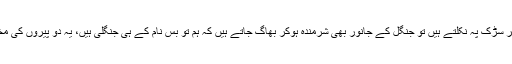
یہی نام نہاد پڑھے لکھے جب گاڑیاں لے کر سڑک پہ نکلتے ہیں تو جنگل کے جانور بھی شرمندہ ہوکر بھاگ جاتے ہیں کہ ہم تو بس نام کے ہی جنگلی ہیں، یہ دو پیروں کی مخلوق تو چوپایوں کو بھی پیچھے چھوڑ گئی۔